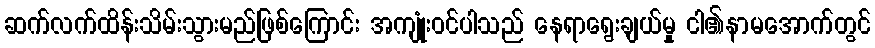
ဆက်လက်ထိန်းသိမ်းသွားမည်ဖြစ်ကြောင်း အကျုံးဝင်ပါသည် နေရာရွေးချယ်မှု ငါ၏နာမအောက်တွင်